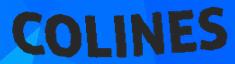
COLINES